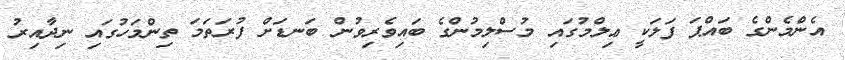
އެންމެންގެ ބައްޕަ ފަލަކީ ޢިލްމުގައި މުސްލިމުންގެ ބައިވެރިވުން ބަނޑަށް ފުރަތަމަ ތިންމަހުގައި ނިދާއިރު